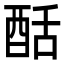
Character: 䣶